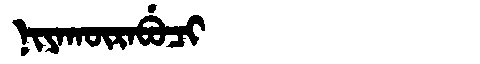
Manchu: ᠨᡳᠶᠠᡴᡡᡵᠠᠪᡠᠴᡳ
Romanization: NIYAKŪRABUCI